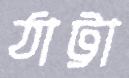
ঠাট্টা